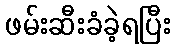
ဖမ်းဆီးခံခဲ့ရပြီး